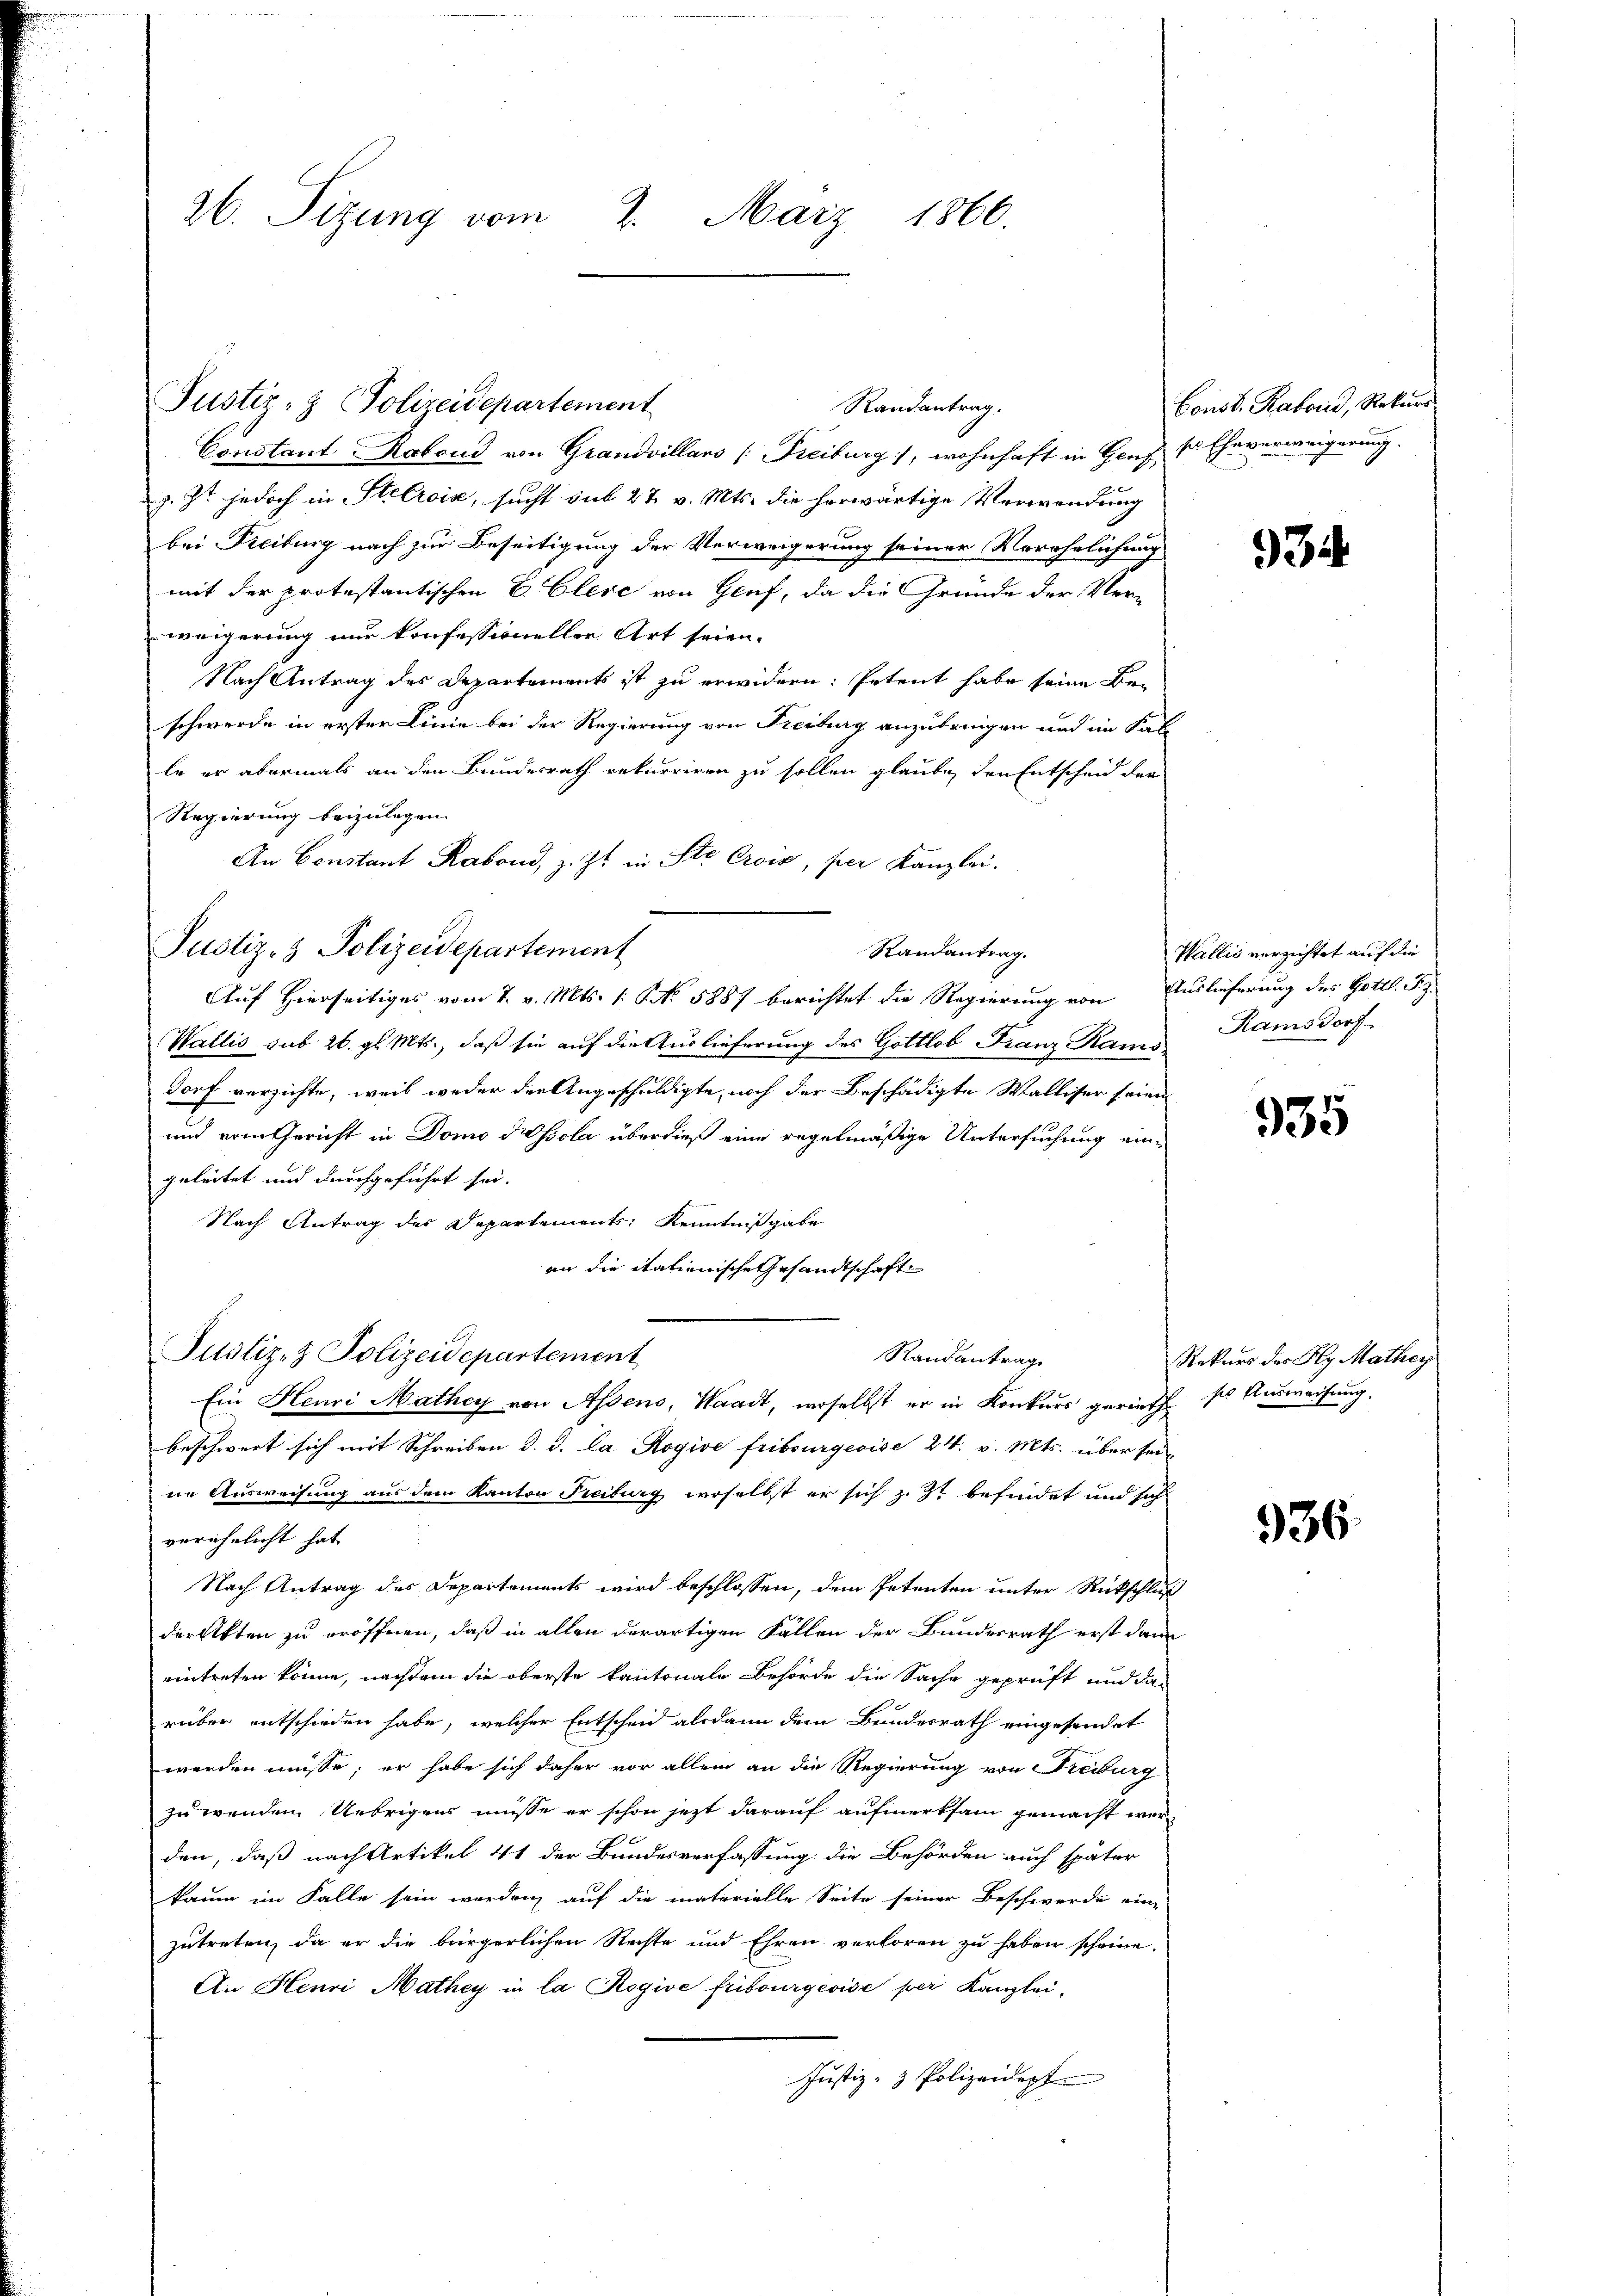
26. Sitzung vom 2. März 1866.

Justiz- & Polizeidepartement

Justiz- & Polizeidepartement
Constant-Ratend von Grandvillars (Freiburg), wohnhaft in Genf sr Eheverweigerung.
z. Zt. jedoch in Stecroix, sucht sub 27. v. Mts. die herwärtige Verwendung
bei Freiburg nach zur Beseitigung der Verweigerung seiner Verehelichung
mit der protestantischen E. Clese von Genf, da die Gründe der Ver-
weigerung nur konfessioneller Art seien.
Nach Antrag des Departements ist zu erwidern: Petent habe seine Beschwerde in erster Linie bei der Regierung von Freiburg anzubringen und im Kalle er abermals an den Bundesrath rekurriren zu sollen glaube, den Entscheid der
Regierung beizulegen.
An Constant Rabond, z. Zt. in Ste Crois, per Kanzlei.
Auf Hierseitiges vom 7. v. Mts. 1. No. 5887 berichtet die Regierung von Auslieferung des Gottl. Sz
Wallis sub 26. gl. Mts., daß sie auf die Auslieferung des Gottlob Franz Rams Ramsdorf
dorf versichte, weil weder der Angeschuldigte, noch der Beschädigte Walliser seien
und vom Gericht in Domo dissola überdieß eine regelmäßige Untersuchung eingeleitet und durchgeführt sei.
Nach Antrag des Departements, Kenntnißgabe
an die italienische Gesandtschaft
Justiz- & Polizeidepartement
Randantrag
Ein Heuri Mathey von Assens, Waadt, woselbst er in Konkurs gerieff so Ausweisung.
beschwert sich mit Schreiben d. d. La Rogive Fribourgeoise 24. v. Mts. über sei
ne Ausweisung aus dem Kanton Freiburg, woselbst er sich z. Zt befindet und sich
verehelicht hat
Nach Antrag des Departements wird beschlossen, dem Petenten unter Rückschluß
der Akten zu eröffnen, daß in allen derartigen Fällen der Bundesrath erst dann
eintreten könne, nachdem die oberste kantonale Behörde die Sache geprüft und da
rüber entschieden habe, welcher Entscheid alsdann dem Bundesrath eingesendet
werden müsse; er habe sich daher vor allem an die Regierung von Freiburg
zu wenden. Uebrigens müsse er schon jetzt darauf aufmerksam gemacht werden, daß nach Artikel 41 der Bundesverfassung die Behörden auch später
kaum im Falle sein werden, auf die materielle Seite seiner Beschwerde eine
zutreten, da er die bürgerlichen Rechte und Ehren verloren zu haben scheine,
An Henri Mathey in la Rogive Fribourgeoise per Kanzlei,
Justiz- & Polizeidept

Randantrag.

Randantrag.

Const. Rabord, Rekurs.

934

Wallis verzichtet auf die

935

Rekurs des Rey Mathey

936.